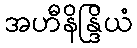
အဟီနိန္ဒြိယံ